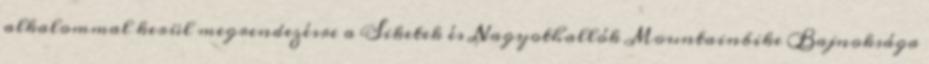
alkalommal kerül megrendezésre a Siketek és Nagyothallók Mountainbike Bajnoksága